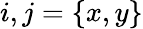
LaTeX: i,j=\{ x,y\}